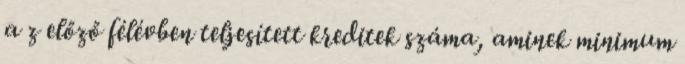
a z előző félévben teljesített kreditek száma, aminek minimum